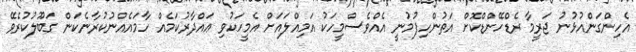
އެހިންގަންއުޅުނު ޖަރީމާ ރެޑްހޭންޑްކޮށް އަތުންހިފުމުނީ އެއްވެސްމީހަކު އަމިއްލައަށް އެމީހަކުވި ޢައްދާރުކަމެއް ހާމައެއްނުކުރާނެކަން ގަބޫލުކުރެވޭ